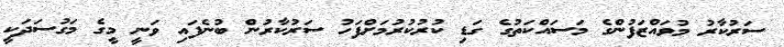
ސަރުކާރު މުވައްޒަފުންގެ މަސައްކަތުގެ ގަޑި ކުރުކުރުމަށްފަހު ސަރުކާރުން ބުނެފައި ވަނީ މީގެ މަގުސަދަކީ